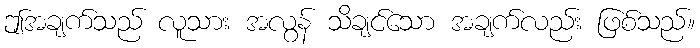
ဤအချက်သည် လူသား အလွန် သိချင်သော အချက်လည်း ဖြစ်သည်။